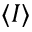
\langle I \rangle